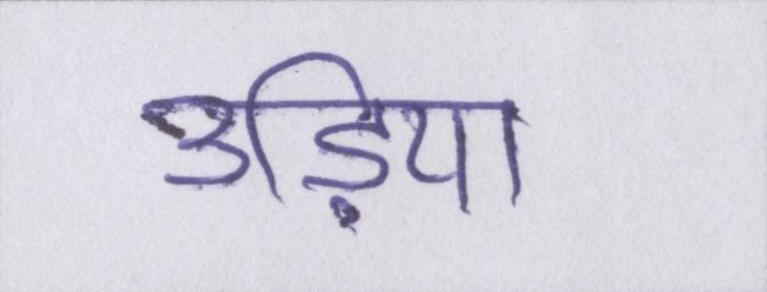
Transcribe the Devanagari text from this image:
उड़िया